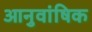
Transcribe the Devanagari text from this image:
आनुवांषिक